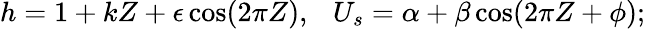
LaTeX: \begin{array}{r}{h=1+kZ+\epsilon\cos(2\pi Z),~~~U_{s}=\alpha+\beta\cos(2\pi Z+\phi);}\end{array}